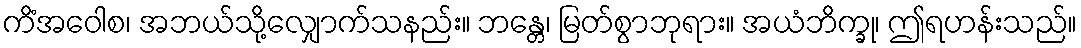
ကိံအဝေါစ၊ အဘယ်သို့လျှောက်သနည်း။ ဘန္တေ၊ မြတ်စွာဘုရား။ အယံဘိက္ခု၊ ဤရဟန်းသည်။